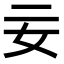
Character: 𡚬